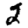
Digit: 2